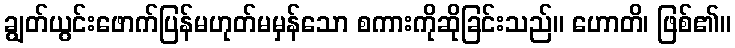
ချွတ်ယွင်းဖောက်ပြန်မဟုတ်မမှန်သော စကားကိုဆိုခြင်းသည်။ ဟောတိ၊ ဖြစ်၏။